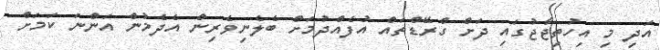
އަދި މި އިހުތިޖާޖުގައި ދަށް ގްރޭޑްތައް އުފެއްދުމަށް ބެލެނިވެރިން އެދެމުން އަންނަ ކަމަށް